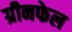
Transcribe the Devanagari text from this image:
ग्रीनफेल